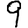
Digit: 9